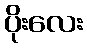
ပိုးလေး